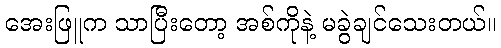
အေးဖြူက သာပြီးတော့ အစ်ကိုနဲ့ မခွဲချင်သေးတယ်။